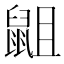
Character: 𮮭